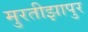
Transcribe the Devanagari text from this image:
मुरतीझापुर